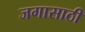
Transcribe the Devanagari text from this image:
जगासाठी